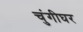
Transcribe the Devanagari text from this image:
चुंगीघर